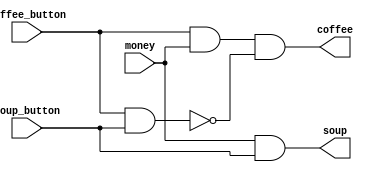
module cafe (
    input coffee_button, money, soup_button,
    output reg coffee, soup);

    always @(coffee_button or money or soup_button) begin
        coffee <= ((coffee_button & money) & ~(coffee_button & soup_button));
        soup <= (money & soup_button);
    end
endmodule

module test;

    reg coffee_button, money, soup_button;
    wire coffee, soup;
    integer i;

    cafe cof (.coffee_button(coffee_button), .money(money), .soup_button(soup_button), .coffee(coffee), .soup(soup));

    initial begin
        coffee_button <= 0;
        money <= 0;
        soup_button <= 0;

        $monitor ("Coffee_Button=%b, Money=%b, Soup_Button=%b, Coffee=%b, Soup=%b", coffee_button, money, soup_button, coffee, soup);

        for (i = 0 ; i < 8 ; i = i + 1) begin
            {coffee_button, money, soup_button} = i;
            #10;
        end
    end

endmodule